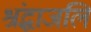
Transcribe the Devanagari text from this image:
श्रंद्धाजलि